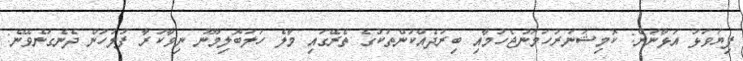
ފިޔަވަޅު އަޅާނަން: ކޮމިޝަނަރުހަމަނުޖެހުމާއި ބިރުދެއްކުންތަކުގެ ތެރޭގައި މާލެ ހަލަބޮލިމޫނު ނިވާކުރާ ފުލުހުން ދެނެގަނެވޭނެ: